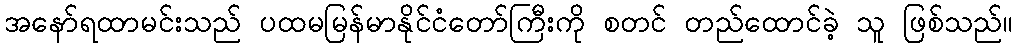
အနော်ရထာမင်းသည် ပထမမြန်မာနိုင်ငံတော်ကြီးကို စတင် တည်ထောင်ခဲ့ သူ ဖြစ်သည်။